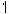
1